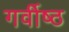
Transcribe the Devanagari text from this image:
गर्वीष्ठ